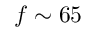
f \sim 6 5